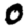
Digit: 0